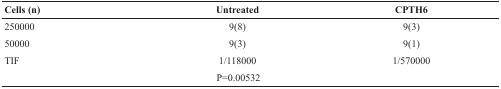
<table><thead><tr><td><b>Cells (n)</b></td><td><b>Untreated</b></td><td><b>CPTH6</b></td></tr></thead><tbody><tr><td>250000</td><td>9(8)</td><td>9(3)</td></tr><tr><td>50000</td><td>9(3)</td><td>9(1)</td></tr><tr><td>TIF</td><td>1/118000</td><td>1/570000</td></tr><tr><td></td><td>P=0.00532</td><td></td></tr></tbody></table>